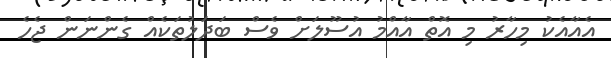
އެއާއެކު މިހާރު މި އޮތް އާއްމު އުސޫލަށް ވެސް ބަދަލުތަކެއް ގެންނަން ޖެހެ